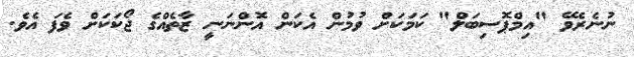
ނުނެރެވޭ "އިމްޕޮސިބަލް" ކަމަކަށް ވުމުން އެކަން އޮންނަނީ ޒާތެއްގެ ޖޯކަކަށް ވެފަ އެވެ.